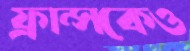
ফ্রান্সকেও